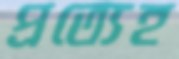
প্রত্যেহ